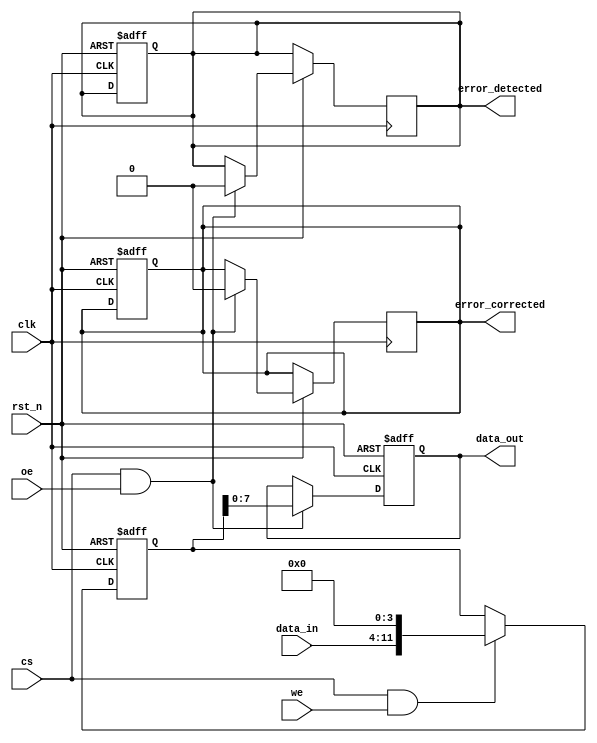
module ecc_dram_io_block (
    input wire clk,
    input wire rst_n,
    input wire [7:0] data_in,
    input wire we,  // Write Enable
    input wire oe,  // Output Enable
    input wire cs,  // Chip Select
    output reg [7:0] data_out,
    output reg error_detected,
    output reg error_corrected
);

// ECC parameters
localparam ECC_BITS = 4; // Number of ECC bits for Hamming code
localparam TOTAL_BITS = 8 + ECC_BITS; // Total bits including data and ECC

// Internal signals
reg [TOTAL_BITS-1:0] ecc_data; // Data + ECC bits
reg [7:0] data_buffer; // Buffer for incoming data

// Function to generate Hamming code (ECC)
function [TOTAL_BITS-1:0] generate_hamming;
    input [7:0] data;
    reg [TOTAL_BITS-1:0] hamming_code;
    begin
        // Placeholder for Hamming code generation logic
        // Actual implementation would calculate parity bits
        hamming_code = {data, 4'b0000}; // Simplified for example
        generate_hamming = hamming_code;
    end
endfunction

// Function to check and correct errors
function [7:0] check_and_correct;
    input [TOTAL_BITS-1:0] ecc_data_in;
    reg [7:0] corrected_data;
    begin
        // Placeholder for error checking and correction logic
        // Actual implementation would check parity bits and correct errors
        corrected_data = ecc_data_in[7:0]; // Simplified for example
        error_detected = 1'b0; // Set to 1 if an error is detected
        error_corrected = 1'b0; // Set to 1 if an error is corrected
        check_and_correct = corrected_data;
    end
endfunction

// Write Operation
always @(posedge clk or negedge rst_n) begin
    if (!rst_n) begin
        ecc_data <= 0;
        data_buffer <= 0;
        error_detected <= 0;
        error_corrected <= 0;
    end else if (cs && we) begin
        // Generate ECC and store it
        ecc_data <= generate_hamming(data_in);
        data_buffer <= data_in; // Store the data
    end
end

// Read Operation
always @(posedge clk or negedge rst_n) begin
    if (!rst_n) begin
        data_out <= 0;
    end else if (cs && oe) begin
        // Check for errors and correct if necessary
        data_out <= check_and_correct(ecc_data);
    end
end

endmodule